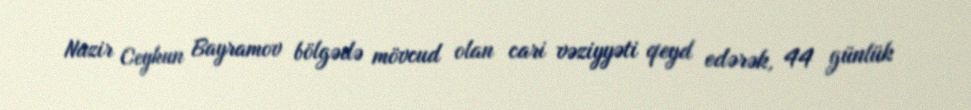
Nazir Ceyhun Bayramov bölgədə mövcud olan cari vəziyyəti qeyd edərək, 44 günlük